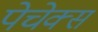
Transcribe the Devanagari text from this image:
पेचेक्स